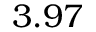
3 . 9 7